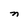
Character: n